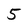
Character: 5